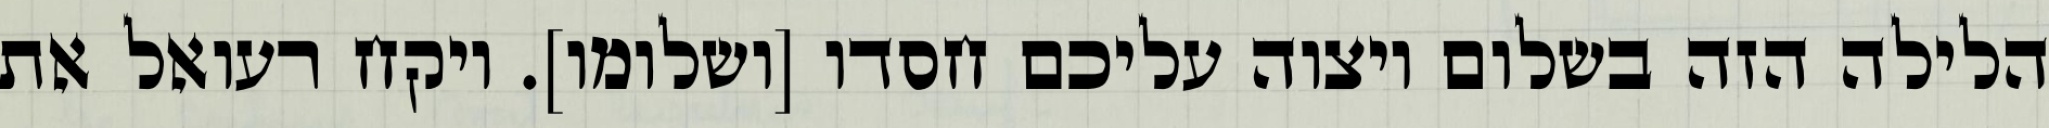
הלילה הזה בשלום ויצוה עליכם חסדו [ושלומו]. ויקח רעואל את